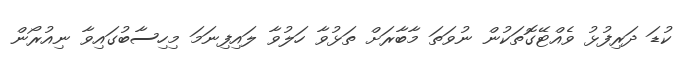
ކުޑަ ދަރިފުޅު ވެއްޓޭގޮތަކުން ނުވަތަ މާބާރަށް ތަޅުވާ ހަލުވާ ލައިފިނަމަ މިހިސާބުގައިވާ ނިއުރޯން